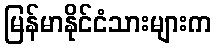
မြန်မာနိုင်ငံသားများက